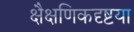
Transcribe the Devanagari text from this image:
क्षैक्षणिकदृष्टया